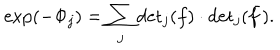
LaTeX: \exp ( - \Phi _ { j } ) = \sum _ { j } \mathrm { d e t } _ { j } ( f ) \cdot \mathrm { d e t } _ { j } ( \bar { f } ) .